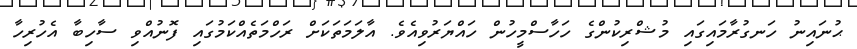
ޙުނައިނު ހަނގުރާމައިގައި މުޝްރިކުންގެ ހަހާސްމީހުން ހައްޔަރުވިއެވެ. އާލަމަތަކަށް ރަހްމަތެއްކަމުގައި ފޮނުއްވި ސާހިބާ އެހުރިހާ